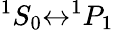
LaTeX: ^1S_{0}{\leftrightarrow}^{1}P_{1}